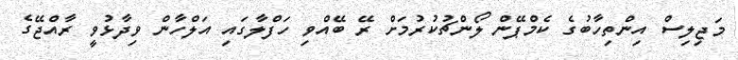
މަޖިލިސް އިންތިހާބުގެ ކެމްޕޭން ލޯންޗުކުރުމަށް ރޭ ބޭއްވި ހަފްލާގައި އަލްހާން ވިދާޅުވީ ރާއްޖޭގެ